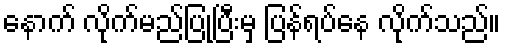
နောက် လိုက်မည်ပြုပြီးမှ ပြန်ရပ်နေ လိုက်သည်။